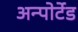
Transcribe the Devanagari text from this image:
अन्पोर्टेड